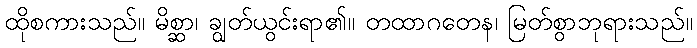
ထိုစကားသည်။ မိစ္ဆာ၊ ချွတ်ယွင်းရာ၏။ တထာဂတေန၊ မြတ်စွာဘုရားသည်။